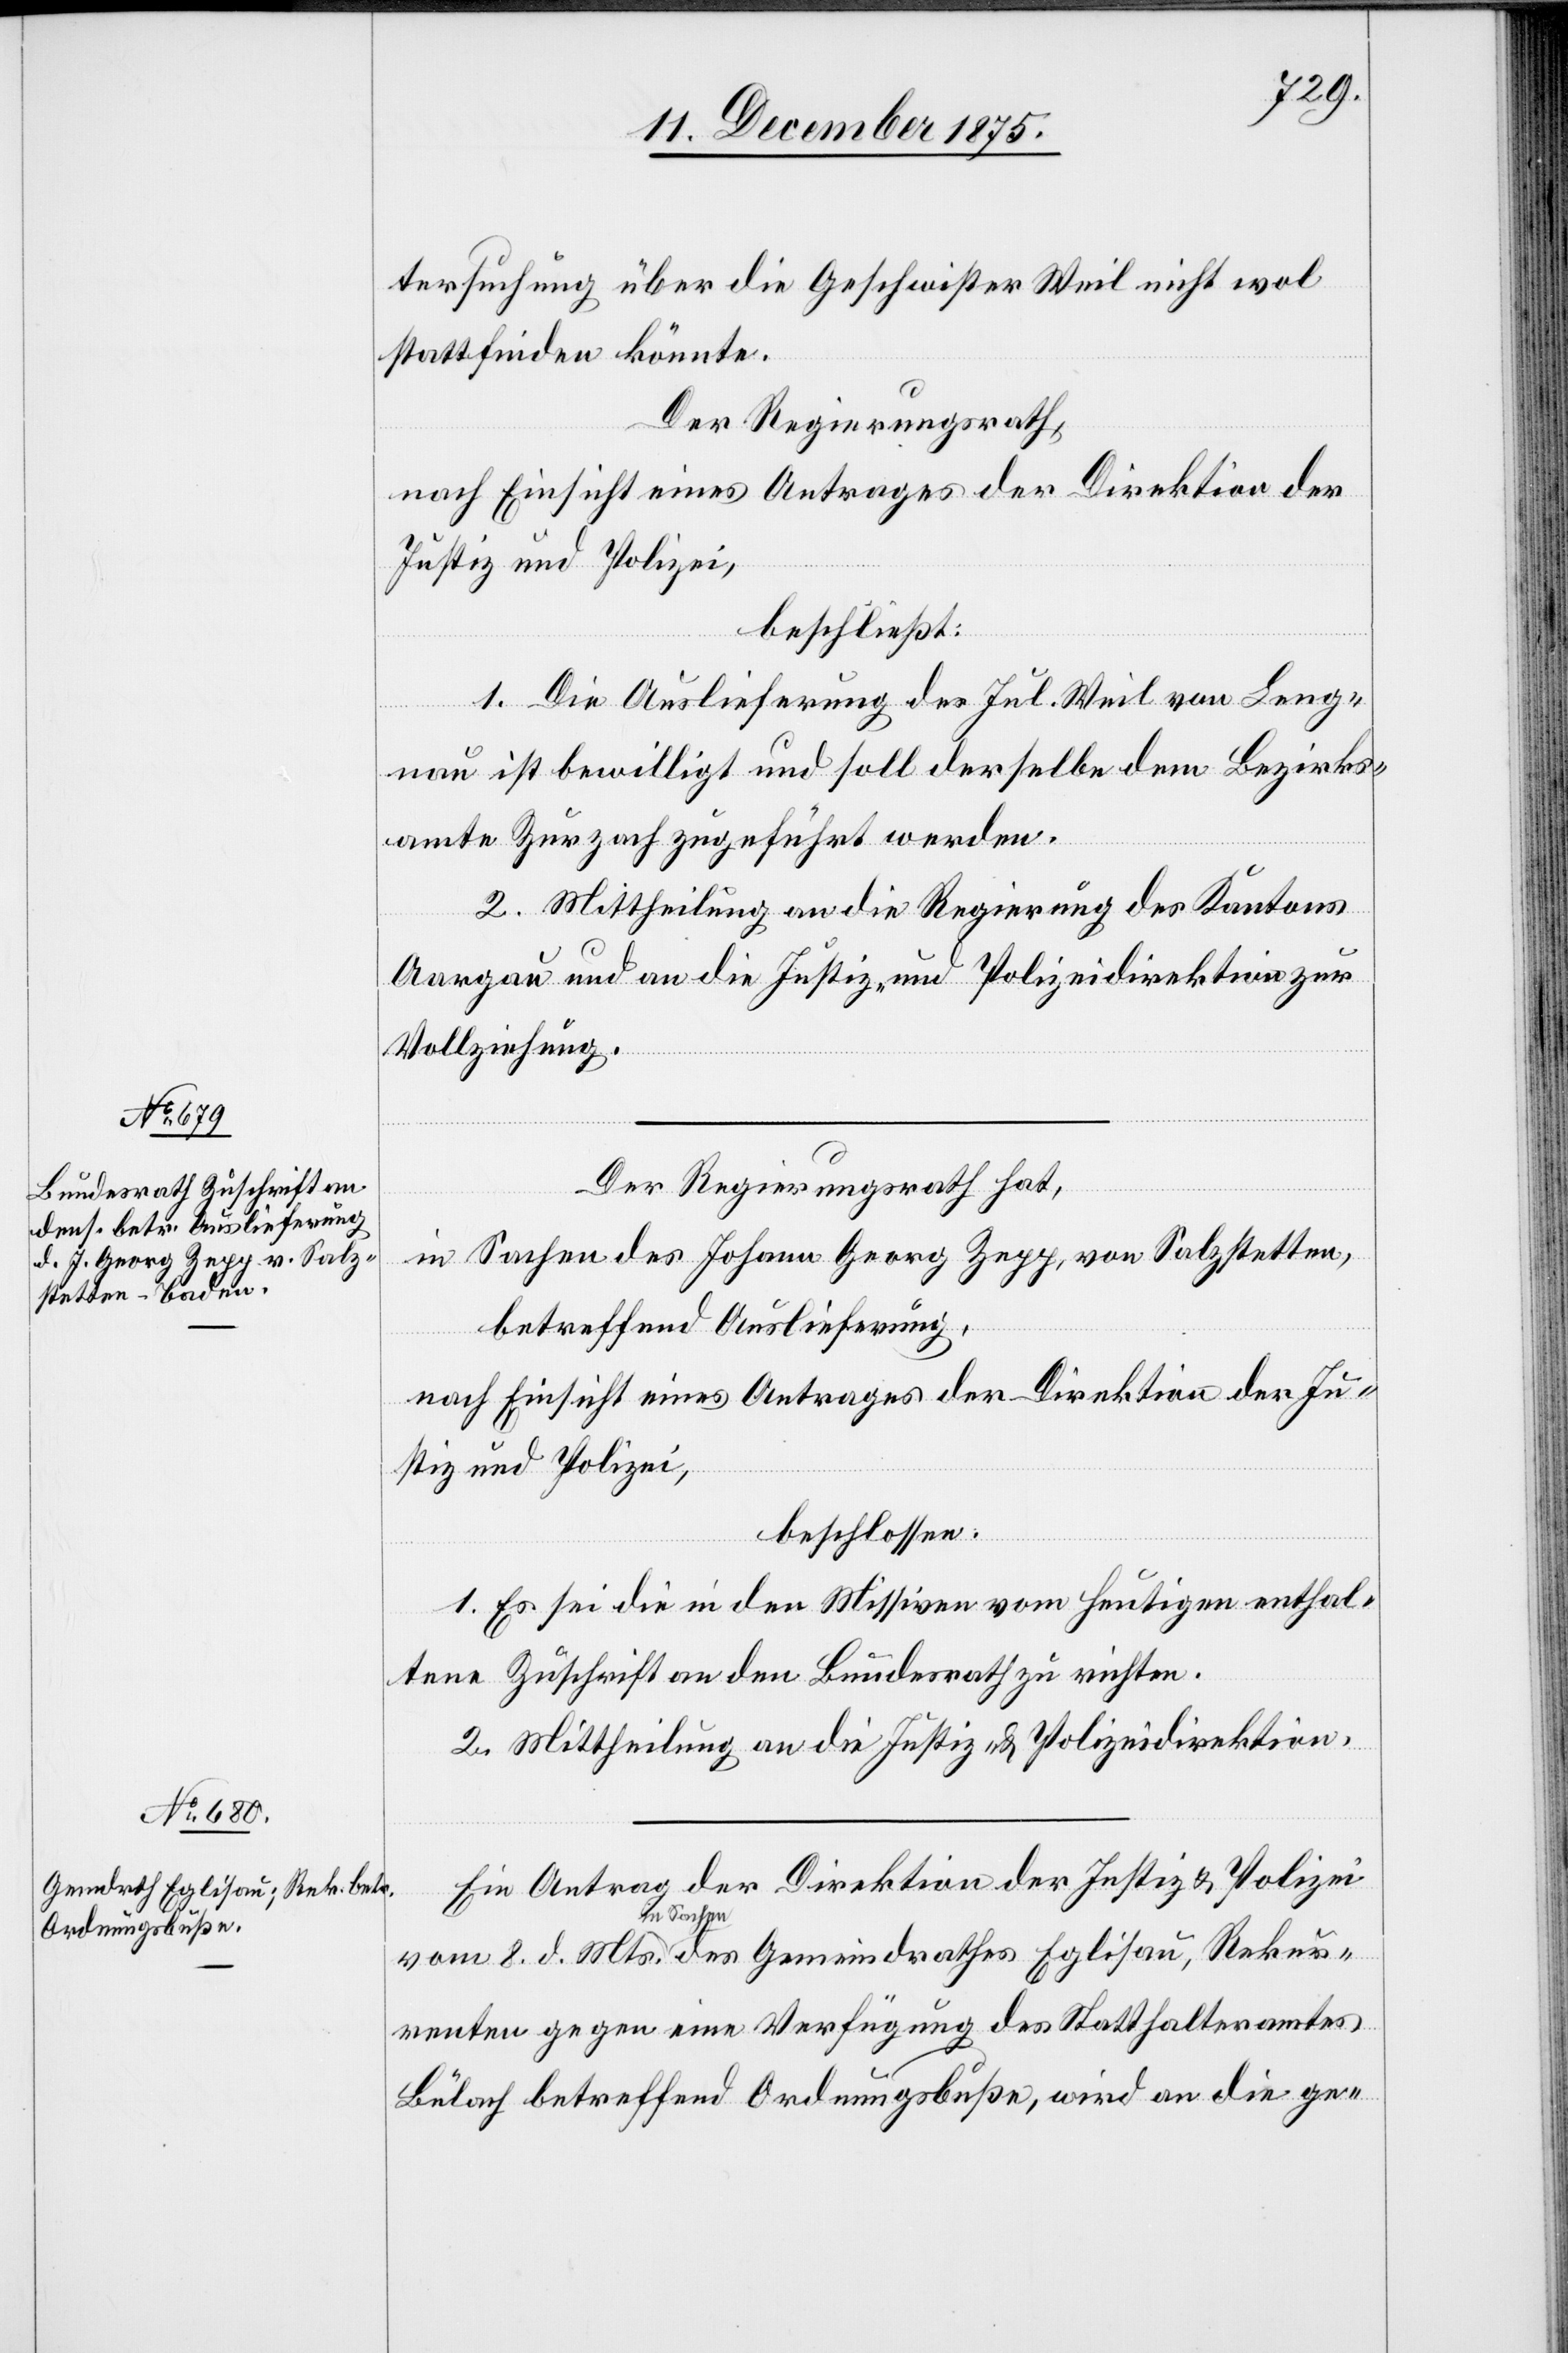
Gemeindrathes Eglisau, Rekur¬

tersuchung über die Geschwister Weil nicht wol
stattfinden könnte.
d.
Der Regierungsrath,
nach Einsicht eines Antrages der Direktion der
Justiz und Polizei,
beschließt:
1. Die Auslieferung des Jul. Weil von Leng¬
nau ist bewilligt und soll derselbe dem Bezirks¬
vom
amte Zurzach zugeführt werden.
2. Mittheilung an die Regierung des Kantons
Aargau und an die Justiz- und Polizeidirektion zur
Vollziehung.
Der Regierungsrath hat,
des
in Sachen des Johann Georg Zepp, von Salzstetten,
betreffend Auslieferung,
nach Einsicht eines Antrages der Direktion der Ju¬
stiz und Polizei,
beschlossen:
1. Es sei die in den Missiven vom heutigen [Tage] enthal¬
tene Zuschrift an den Bundesrath zu richten.
2. Mittheilung an die Justiz- & Polizeidirektion.
Ein Antrag der Direktion der Justiz & Polizei
in Sachen
renten gegen eine Verfügung des Statthalteramtes
Bülach betreffend Ordnungsbuße, wird an die ge-